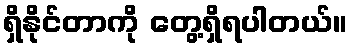
ရှိနိုင်တာကို တွေ့ရှိရပါတယ်။